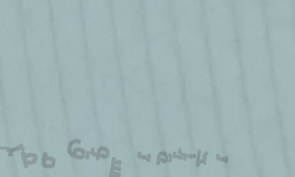
تجربة تسوق ممتعة في محلات